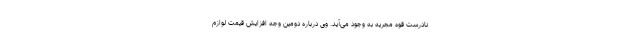
نادرست قوه مجریه به وجود می‌آید. وی درباره دومین وجه افزایش قیمت لوازم